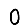
Digit: 0